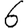
Digit: 6